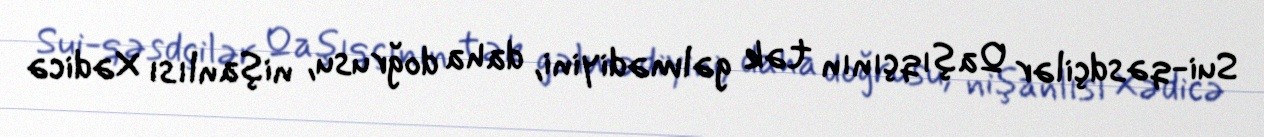
Sui-qəsdçilər Qaşıqçının tək gəlmədiyini, daha doğrusu, nişanlısı Xədicə